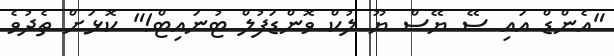
"އެންޑް އައި ސޭ ޔޭސް ޔޫ ލުކް ވޮންޑަފުލް ޓުނައިޓް!" ކޮޅަށް ތެދުވެ